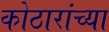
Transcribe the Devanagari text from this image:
कोठारांच्या